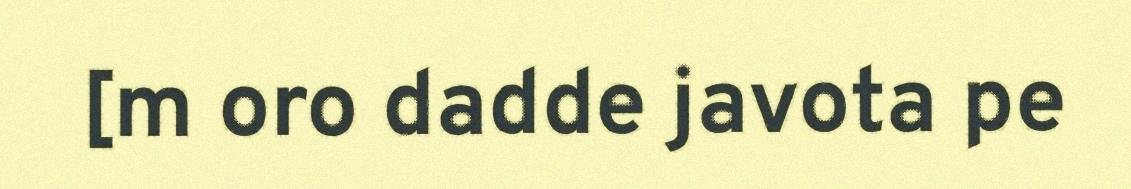
[m oro dadde javota pe